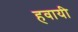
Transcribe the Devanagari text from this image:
हवायी